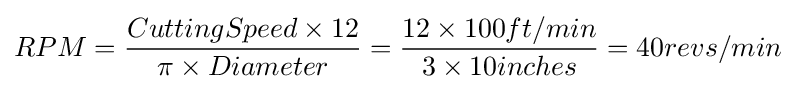
RPM={CuttingSpeed\times 12 \over \pi \times Diameter}={12\times 100ft/min \over 3\times 10inches}={40revs/min}